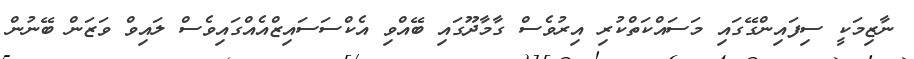
ނާޒިމަކީ ސިފައިންގޭގައި މަސައްކަތްކުރި އިރުވެސް ގާމާދޫގައި ބޭއްވި އެކްސަސައިޒްއެއްގައިވެސް ލައިވް ވަޒަން ބޭނުން